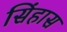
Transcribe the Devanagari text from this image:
सिंहास